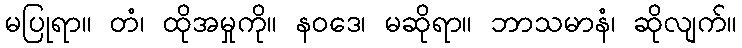
မပြုရာ။ တံ၊ ထိုအမှုကို။ နဝဒေ၊ မဆိုရာ။ ဘာသမာနံ၊ ဆိုလျက်။